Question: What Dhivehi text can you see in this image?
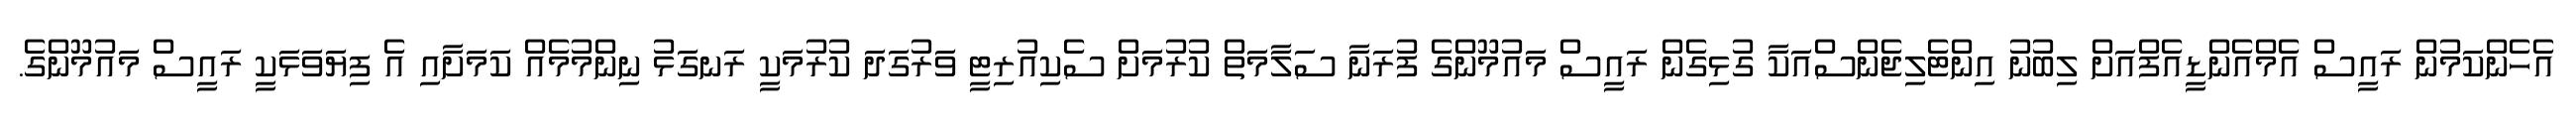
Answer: އެހެންކަމުން ރައީސް އެމްއެންޑީއެފްއަށް ލިބުނު އިންޓެލިޖެންސްއަކާ ގުޅިގެން ރައީސް މައުމޫންގެ ފުރަނާ ސަލާމަތް ކުރުމަށް ސެކިއުރިޓީ ވަރުގަދަ ކުރުމަކީ ރަނގަޅު ނިންމުމެއް ކަމަށާއި އެ ފިޔަވަޅަކީ ރައީސް މައުމޫންގެ.